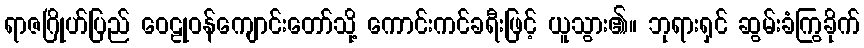
ရာဇဂြိုဟ်ပြည် ဝေဠုဝန်ကျောင်းတော်သို့ ကောင်းကင်ခရီးဖြင့် ယူသွား၏။ ဘုရားရှင် ဆွမ်းခံကြွခိုက်